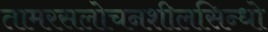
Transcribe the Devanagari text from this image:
तामरसलोचनशीलसिन्धो